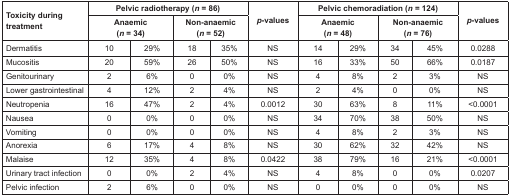
| <ROWSPAN=2> Toxicity during treatment | <COLSPAN=4> Pelvic radiotherapy (n = 86) | <ROWSPAN=2> p-values | <COLSPAN=4> Pelvic chemoradiation (n = 124) | <ROWSPAN=2> p-values |
 | <COLSPAN=2> Anaemic (n = 34) | <COLSPAN=2> Non-anaemic (n = 52) | <COLSPAN=2> Anaemic (n = 48) | <COLSPAN=2> Non-anaemic (n = 76) |
 | --- | --- | --- | --- | --- | --- | --- | --- | --- | --- | --- |
 | Dermatitis | 10 | 29% | 18 | 35% | NS | 14 | 29% | 34 | 45% | 0.0288 |
 | Mucositis | 20 | 59% | 26 | 50% | NS | 16 | 33% | 50 | 66% | 0.0187 |
 | Genitourinary | 2 | 6% | 0 | 0% | NS | 4 | 8% | 2 | 3% | NS |
 | Lower gastrointestinal | 4 | 12% | 2 | 4% | NS | 2 | 4% | 0 | 0% | NS |
 | Neutropenia | 16 | 47% | 2 | 4% | 0.0012 | 30 | 63% | 8 | 11% | <0.0001 |
 | Nausea | 0 | 0% | 0 | 0% | NS | 34 | 70% | 38 | 50% | NS |
 | Vomiting | 0 | 0% | 0 | 0% | NS | 4 | 8% | 2 | 3% | NS |
 | Anorexia | 6 | 17% | 4 | 8% | NS | 30 | 62% | 32 | 42% | NS |
 | Malaise | 12 | 35% | 4 | 8% | 0.0422 | 38 | 79% | 16 | 21% | <0.0001 |
 | Urinary tract infection | 0 | 0% | 2 | 4% | NS | 4 | 8% | 0 | 0% | 0.0207 |
 | Pelvic infection | 2 | 6% | 0 | 0% | NS | 0 | 0% | 0 | 0% | NS |